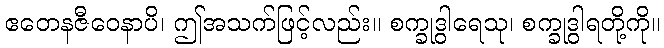
ဧတေနဇီဝေနာပိ၊ ဤအသက်ဖြင့်လည်း။ စက္ခုဒွါရေသု၊ စက္ခုဒွါရတို့ကို။